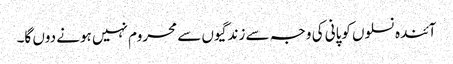
آئندہ نسلوں کوپانی کی وجہ سے زندگیوں سے محروم نہیں ہونے دوں گا۔